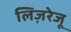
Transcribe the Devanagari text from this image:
लिज़रेजू